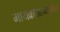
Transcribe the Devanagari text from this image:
मायक्रोअल्ब्युमिन